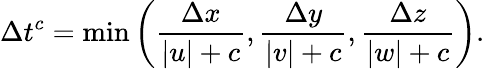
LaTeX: \Delta t^{c}=\operatorname*{min}\left(\frac{\Delta x}{\lvert u\rvert+c},\frac{\Delta y}{\lvert v\rvert+c},\frac{\Delta z}{\lvert w\rvert+c}\right).